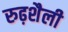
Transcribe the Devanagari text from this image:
रुढ़शैली